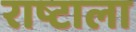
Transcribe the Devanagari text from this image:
राष्टाला